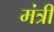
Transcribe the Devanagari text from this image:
मंत्री